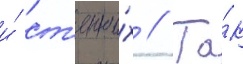
и́ ст'епны́х // Та́к